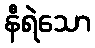
နီရဲသော